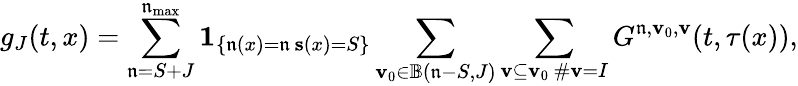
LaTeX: g_{J}(t,x)=\sum_{\mathfrak{n}=S+J}^{\mathfrak{n}_{\operatorname*{max}}}\mathbf{{1}}_{\left\{ \substack{\mathbf{{\mathfrak{n}}}(x)=\mathfrak{n}\, \mathbf{{s}}(x)=S}\right\} }\sum_{\mathbf{{v}}_{0}\in\mathbb{{B}}(\mathfrak{n}-S,J)}\sum_{\substack{\mathbf{{v}}\subseteq\mathbf{{v}}_{0}\, \# \mathbf{{v}}=I}}G^{\mathfrak{n},\mathbf{{v}}_{0},\mathbf{{v}}}(t,\tau(x)),